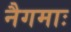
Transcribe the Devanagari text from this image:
नैगमाः